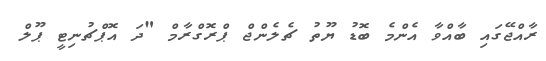
ރާއްޖޭގައި ބާއްވާ އެންމެ ބޮޑު ޔޫތު ޗެލެންޖް ޕްރޮގްރާމް "ދަ އޮޕްޗުނިޓީ ޕޫލް